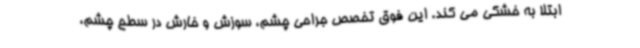
ابتلا به خشکی می کند. این فوق تخصص جراحی چشم، سوزش و خارش در سطح چشم،